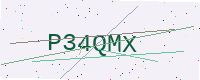
Text: P34QMX